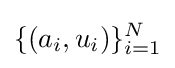
\{(a_{i},u_{i})\}_{i=1}^{N}